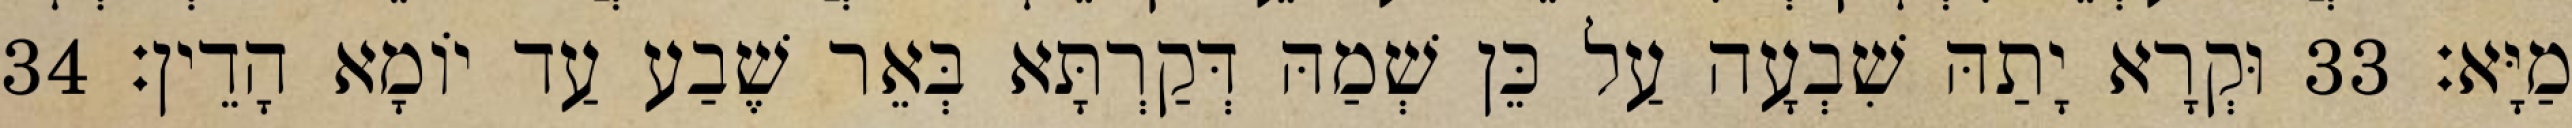
מַיָּא׃ 33 וּקְרָא יָתַהּ שִׁבְעָה עַל כֵּן שְׁמַהּ דְּקַרְתָּא בְּאֵר שֶׁבַע עַד יוֹמָא הָדֵין׃ 34